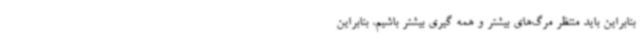
بنابراین باید منتظر مرگ‌های بیشتر و همه گیری بیشتر باشیم، بنابراین